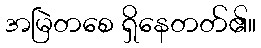
အမြဲတစေ ရှိနေတတ်၏။